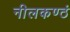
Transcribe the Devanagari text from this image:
नीलकण्ठं